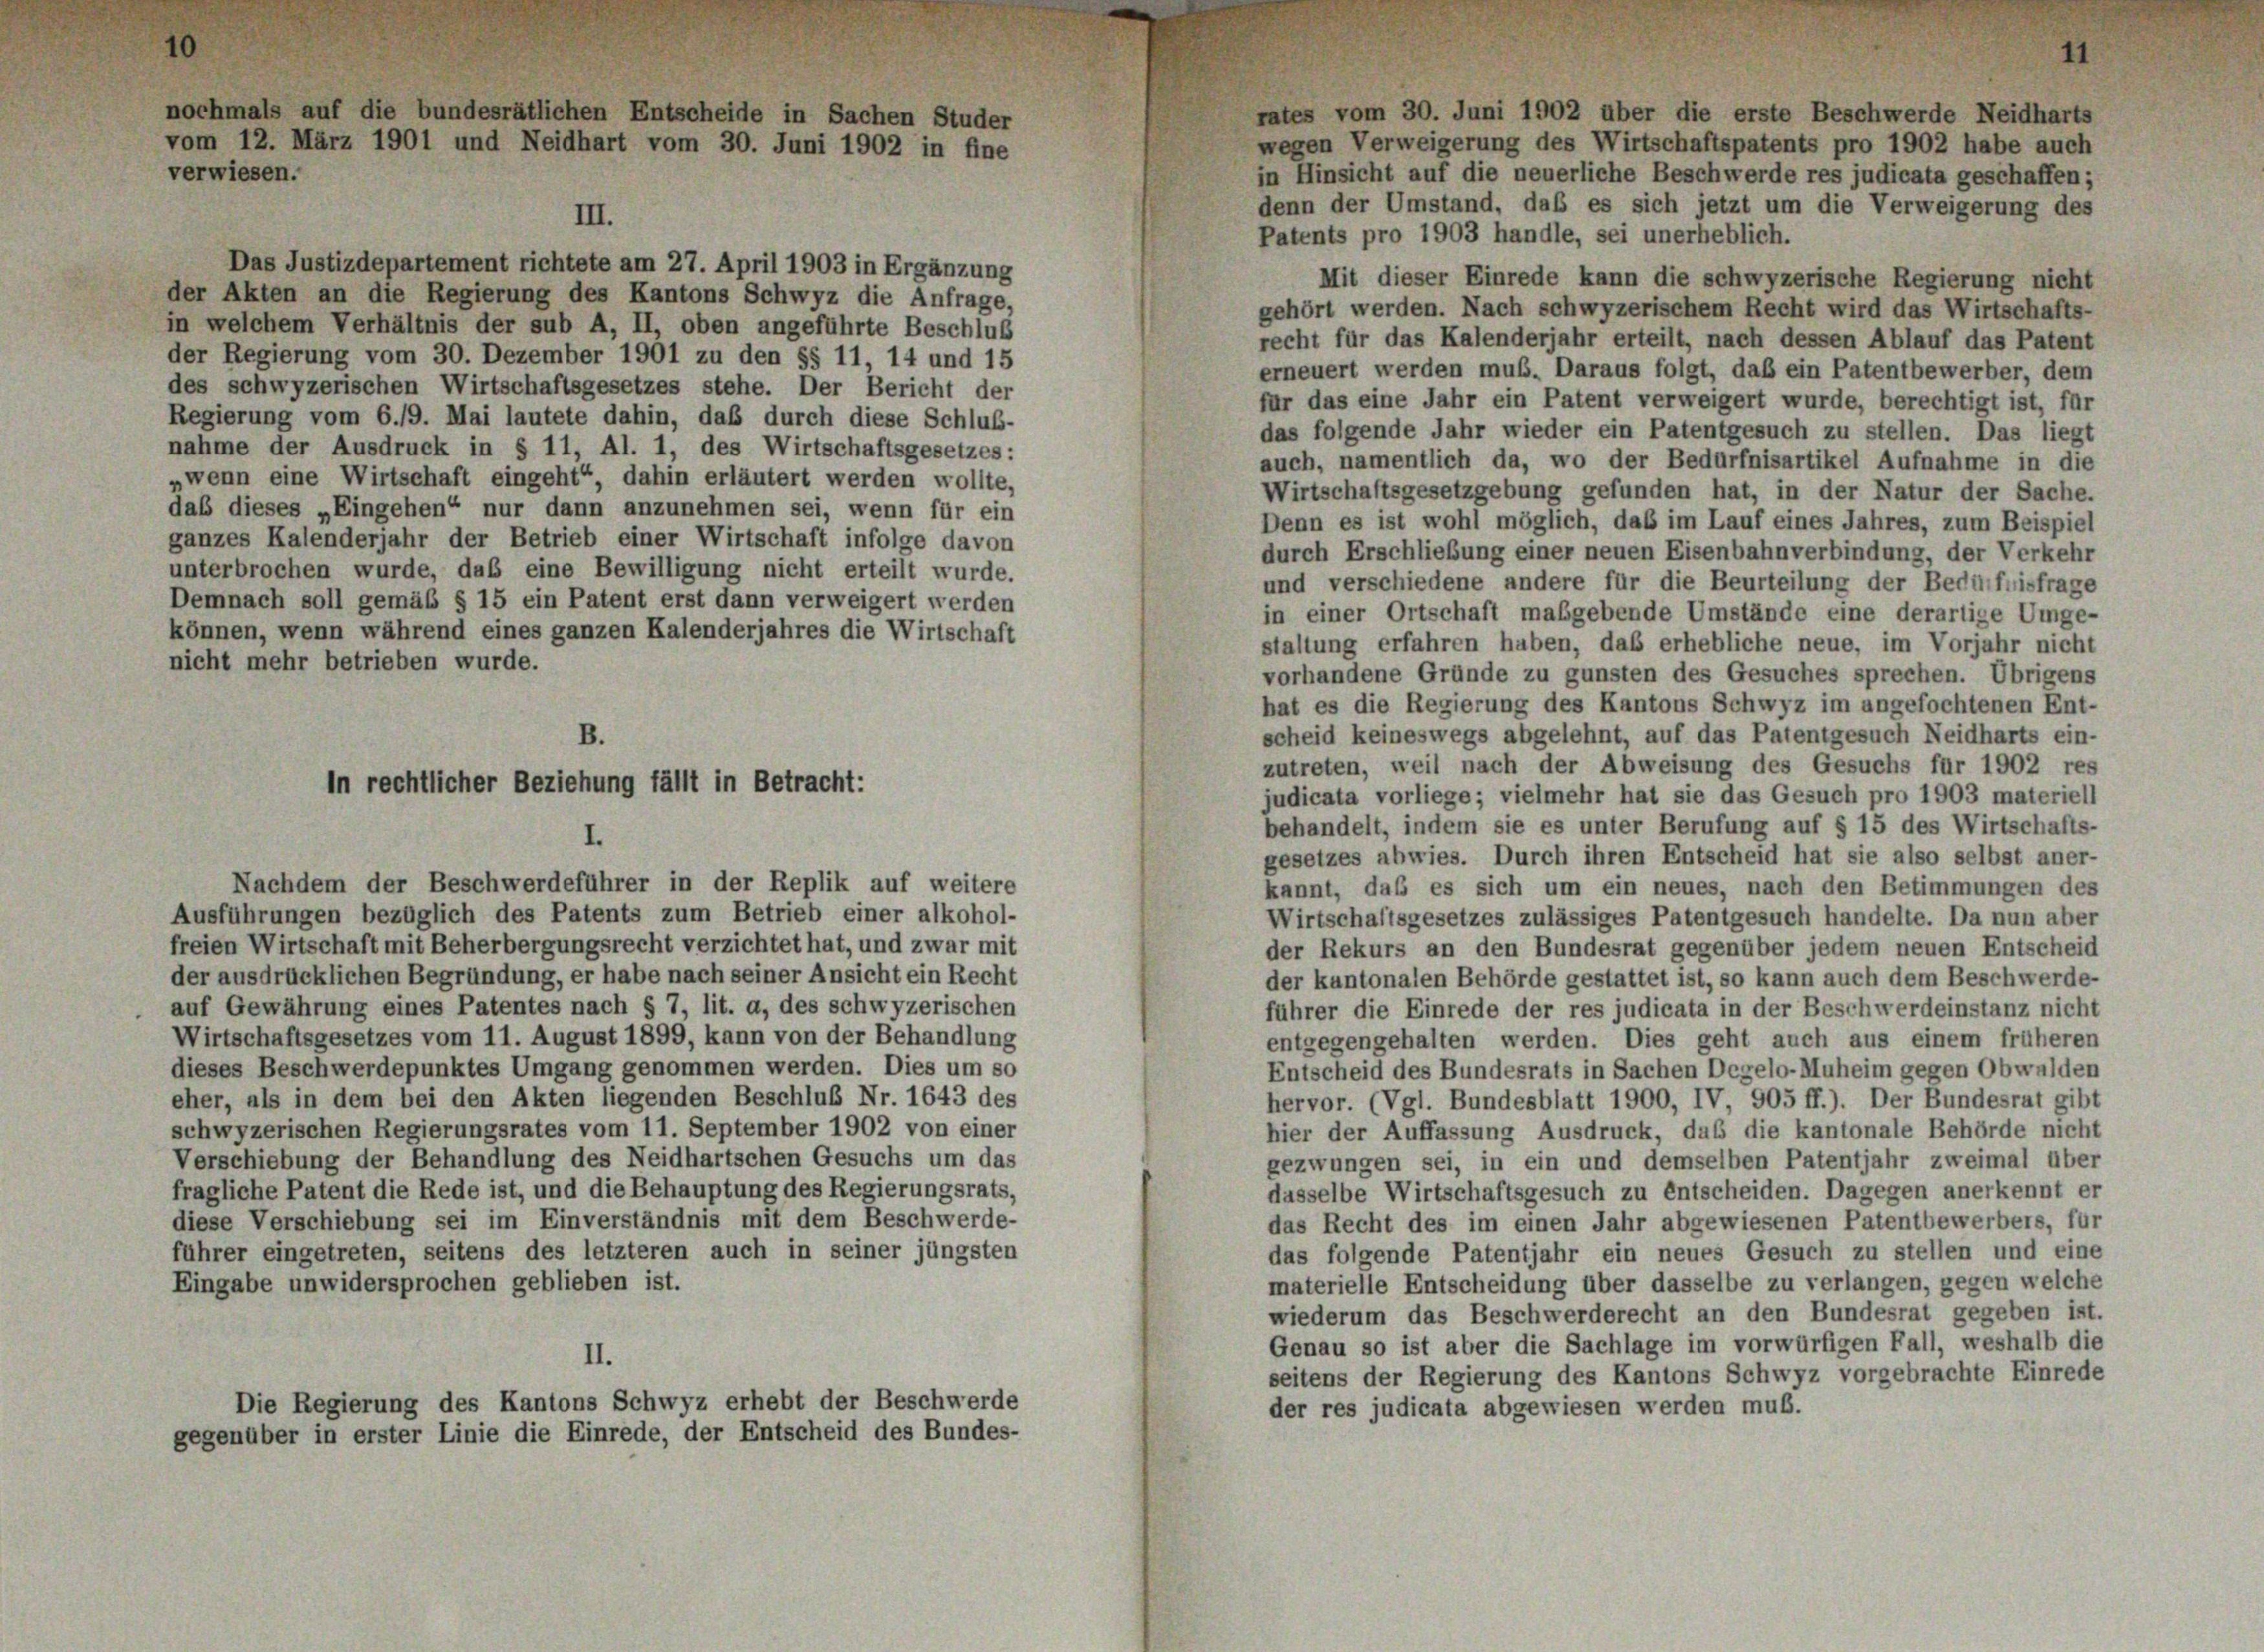
rates vom 30. Juni 1902 über die erste Beschwerde Neidharts
wegen Verweigerung des Wirtschaftspatents pro 1902 habe auch
verwiesen.
in Hinsicht auf die neuerliche Beschwerde res judicata geschaffen;
denn der Umstand, daß es sich jetzt um die Verweigerung des
III.
Patents pro 1903 handle, sei unerheblich.
Das Justizdepartement richtete am 27. April 1903 in Ergänzung
Mit dieser Einrede kann die schwyzerische Regierung nicht
der Akten an die Regierung des Kantons Schwyz die Anfrage,
gehört werden. Nach schwyzerischem Recht wird das Wirtschafts-
in welchem Verhältnis der sub A, II, oben angeführte Beschluß
recht für das Kalenderjahr erteilt, nach dessen Ablauf das Patent
der Regierung vom 30. Dezember 1901 zu den §§ 11, 14 und 15
erneuert werden muß. Daraus folgt, daß ein Patentbewerber, dem
des schwyzerischen Wirtschaftsgesetzes stehe. Der Bericht der
für das eine Jahr ein Patent verweigert wurde, berechtigt ist, für
Regierung vom 6./9. Mai lautete dahin, daß durch diese Schluß-
das folgende Jahr wieder ein Patentgesuch zu stellen. Das liegt
nahme der Ausdruck in § 11, Al. 1, des Wirtschaftsgesetzes:
auch, namentlich da, wo der Bedürfnisartikel Aufnahme in die
„wenn eine Wirtschaft eingeht“, dahin erläutert werden wollte,
Wirtschaftsgesetzgebung gefunden hat, in der Natur der Sache.
daß dieses „Eingehen“ nur dann anzunehmen sei, wenn für ein
Denn es ist wohl möglich, daß im Lauf eines Jahres, zum Beispiel
ganzes Kalenderjahr der Betrieb einer Wirtschaft infolge davon
durch Erschließung einer neuen Eisenbahnverbindung, der Verkehr
unterbrochen wurde, daß eine Bewilligung nicht erteilt wurde.
und verschiedene andere für die Beurteilung der Bedürfnisfrage
Demnach soll gemäß § 15 ein Patent erst dann verweigert werden
in einer Ortschaft maßgebende Umstände eine derartige Umge-
können, wenn während eines ganzen Kalenderjahres die Wirtschaft
staltung erfahren haben, daß erhebliche neue, im Vorjahr nicht
nicht mehr betrieben wurde.
vorhandene Gründe zu gunsten des Gesuches sprechen. Übrigens
hat es die Regierung des Kantons Schwyz im angefochtenen Ent-
scheid keineswegs abgelehnt, auf das Patentgesuch Neidharts ein-
B.
zutreten, weil nach der Abweisung des Gesuchs für 1902 res
judicata vorliege; vielmehr hat sie das Gesuch pro 1903 materiell
behandelt, indem sie es unter Berufung auf § 15 des Wirtschafts-
I.
gesetzes abwies. Durch ihren Entscheid hat sie also selbst aner-
Nachdem der Beschwerdeführer in der Replik auf weitere
kannt, das es sich um ein neues, nach den Betimmungen des
Ausführungen bezüglich des Patents zum Betrieb einer alkohol-
Wirtschaftsgesetzes zulässiges Patentgesuch handelte. Da nun aber
freien Wirtschaft mit Beherbergungsrecht verzichtet hat, und zwar mit
der Rekurs an den Bundesrat gegenüber jedem neuen Entscheid
der ausdrücklichen Begründung, er habe nach seiner Ansicht ein Recht
der kantonalen Behörde gestattet ist, so kann auch dem Beschwerde-
auf Gewährung eines Patentes nach § 7, lit. a, des schwyzerischen
führer die Einrede der res judicata in der Beschwerdeinstanz nicht
Wirtschaftsgesetzes vom 11. August 1899, kann von der Behandlung
entgegengehalten werden. Dies geht auch aus einem früheren
dieses Beschwerdepunktes Umgang genommen werden. Dies um so
Entscheid des Bundesrats in Sachen Degelo-Muheim gegen Obwalden
eher, als in dem bei den Akten liegenden Beschluß Nr. 1643 des
hervor. (Vgl. Bundesblatt 1900, IV 905 ff.). Der Bundesrat gibt
schwyzerischen Regierungsrates vom 11. September 1902 von einer
hier der Auffassung Ausdruck, das die kantonale Behörde nicht
Verschiebung der Behandlung des Neidhartschen Gesuchs um das
gezwungen sei, in ein und demselben Patentjahr zweimal über
fragliche Patent die Rede ist, und die Behauptung des Regierungsrats,
dasselbe Wirtschaftsgesuch zu entscheiden. Dagegen anerkennt er
diese Verschiebung sei im Einverständnis mit dem Beschwerde-
das Recht des im einen Jahr abgewiesenen Patentbewerbers, für
führer eingetreten, seitens des letzteren auch in seiner jüngsten
das folgende Patentjahr ein neues Gesuch zu stellen und eine
materielle Entscheidung über dasselbe zu verlangen, gegen welche
Eingabe unwidersprochen geblieben ist.
wiederum das Beschwerderecht an den Bundesrat gegeben ist.
Genau so ist aber die Sachlage im vorwürfigen Fall, weshalb die
II.
seitens der Regierung des Kantons Schwyz vorgebrachte Einrede
Die Regierung des Kantons Schwyz erhebt der Beschwerde
der res judicata abgewiesen werden muß.
gegenüber in erster Linie die Einrede, der Entscheid des Bundes-

nochmals auf die bundesrätlichen Entscheide in Sachen Studer
vom 12. März 1901 und Neidhart vom 30. Juni 1902 in fine

in rechtlicher Beziehung fällt in Betracht: